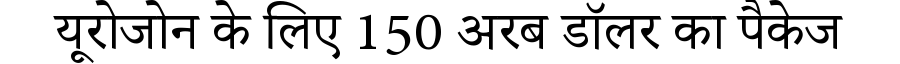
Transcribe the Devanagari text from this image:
यूरोजोन के लिए 150 अरब डॉलर का पैकेज